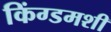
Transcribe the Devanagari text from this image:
किंग्डमशी